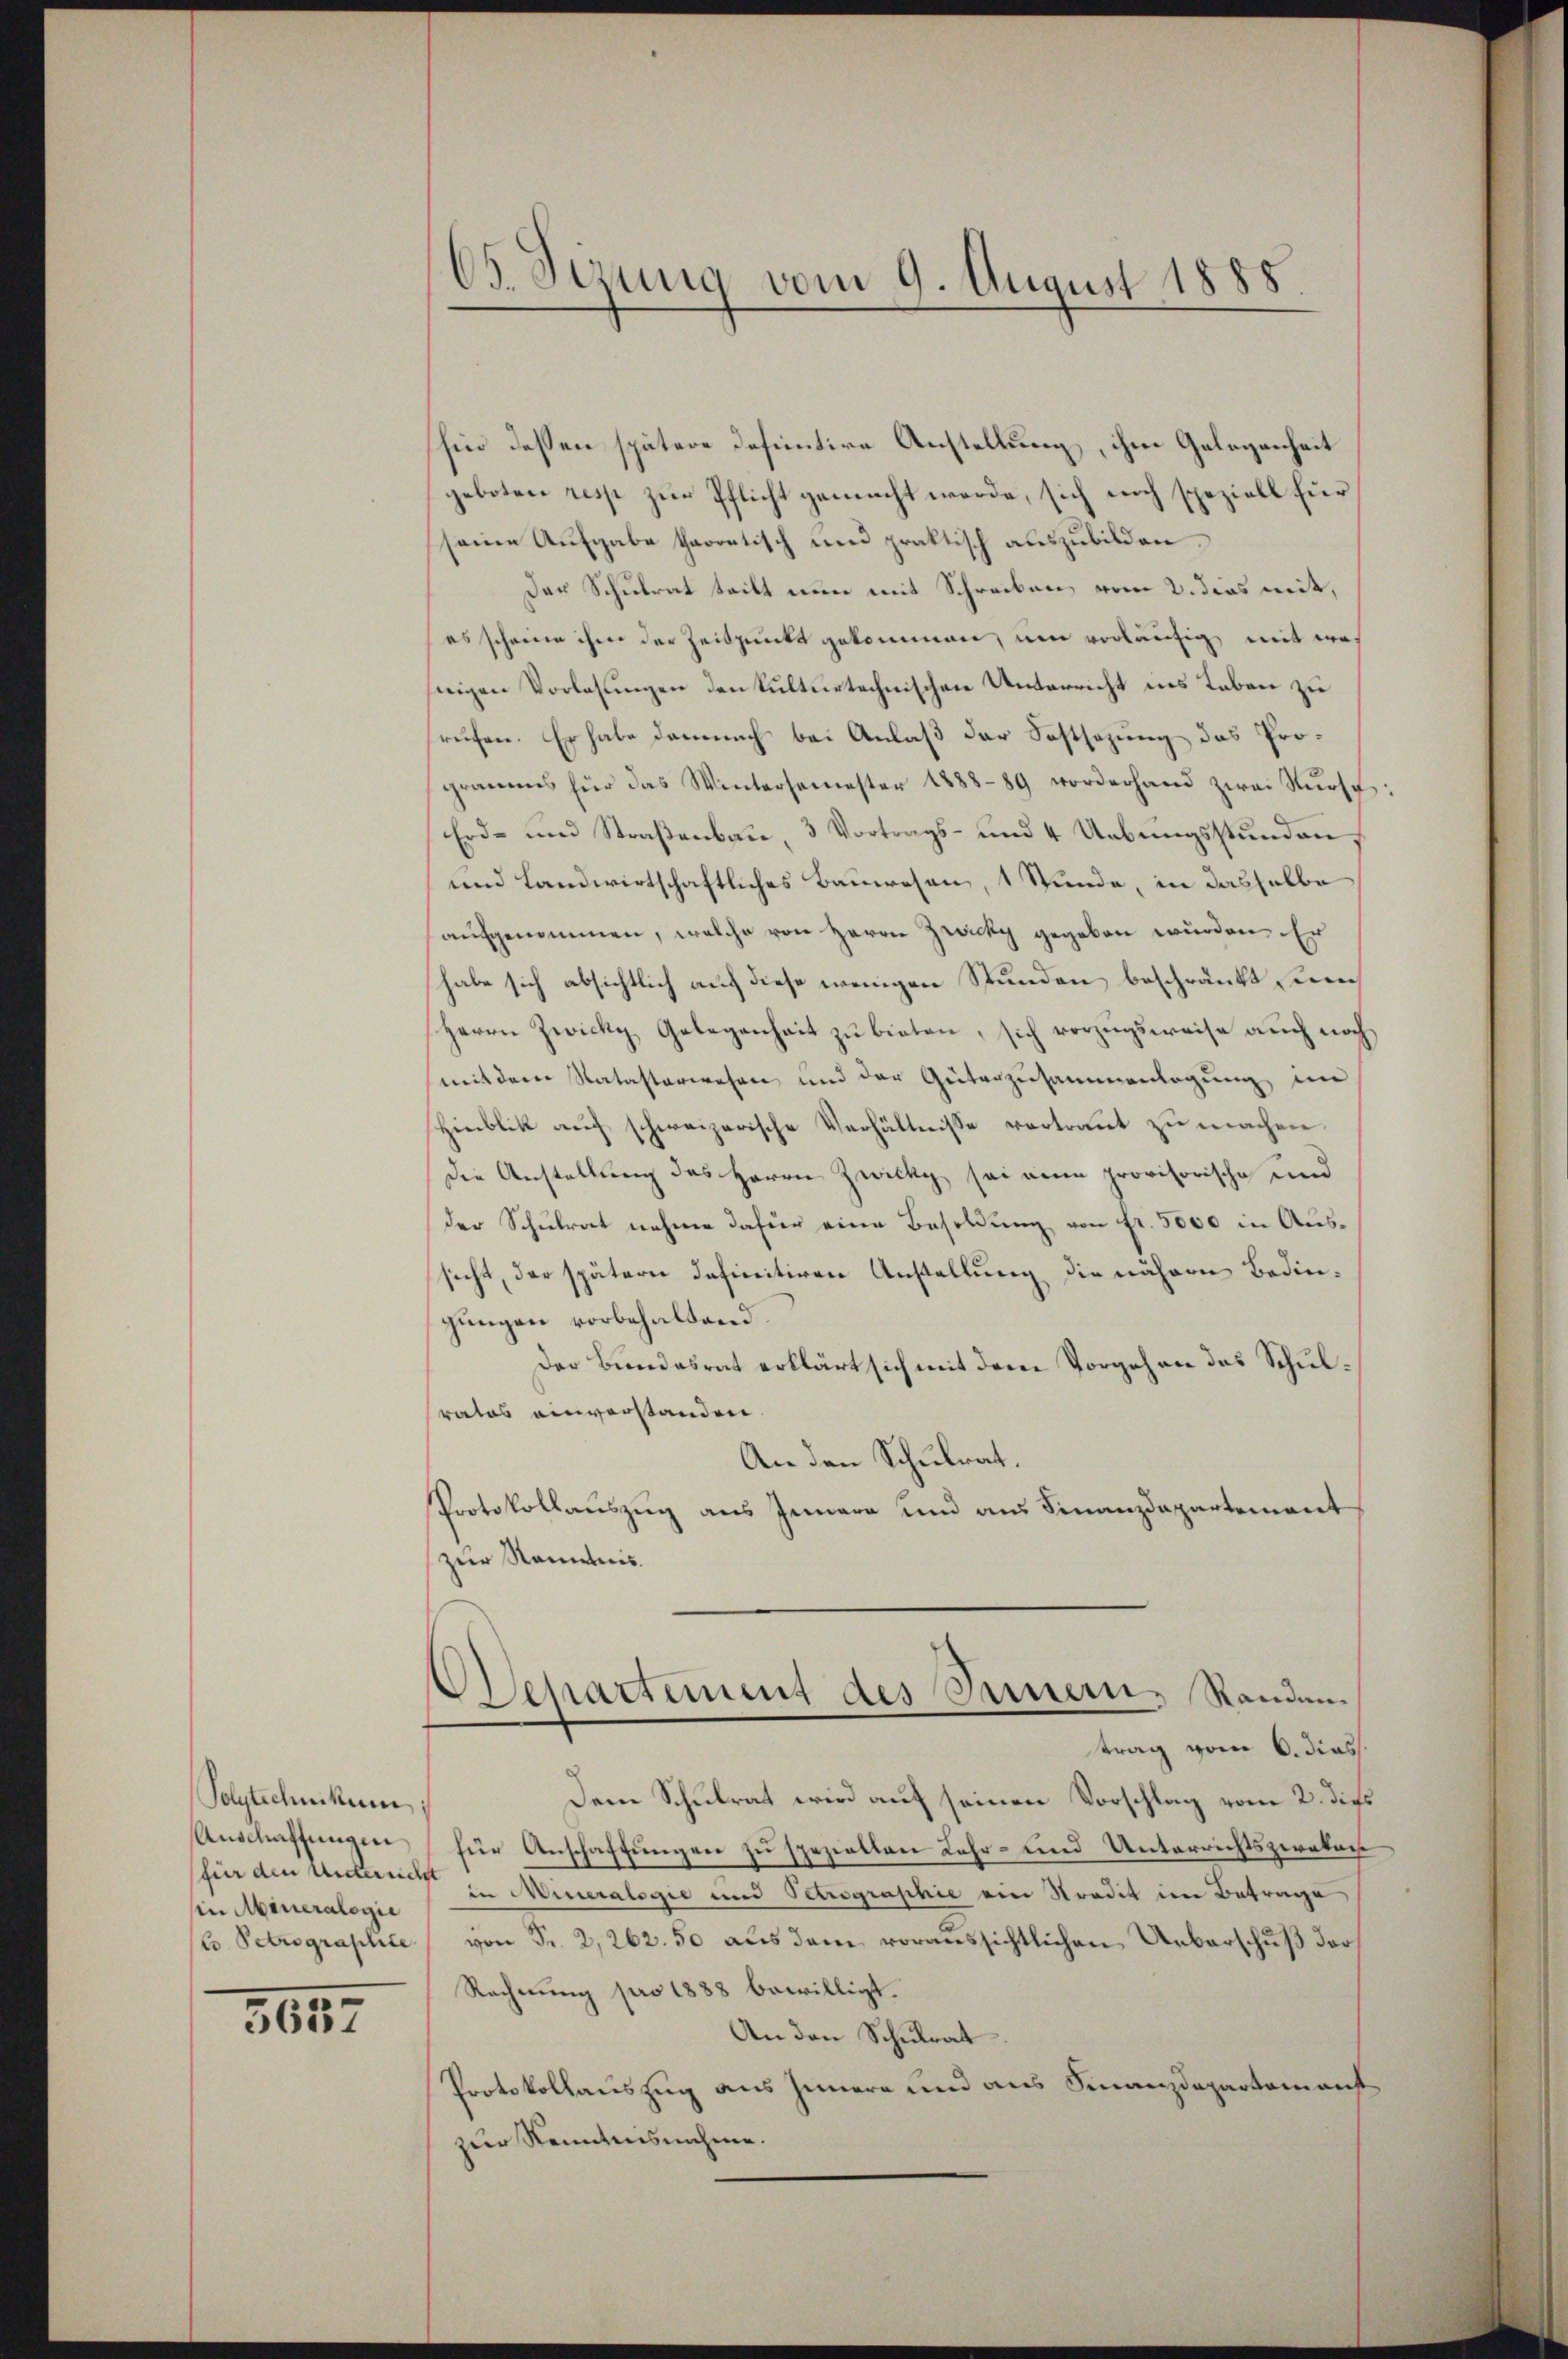
Polytechnikum,
Anschaffungen
für den Unterricht
in Mineralogie
(C. Petrographite

5657

65. Sezung vom 9. August 1888

hier dessen spätere definitive Anstellung, ihm Gelegenheit
geboten resp zur Pflicht gemacht werde, sich noch speziell für
seine Aufgabe theoretisch und praktisch auszubilden.
Der Schulrat teilt nun mit Schreiben, vom 2. dies mit,
es scheine ihm der Zeitpunkt gekommen, um vorläufig mit wei
nigen Vorlesungen den kulturtechnischen Unterricht ins Leben zu
rufen. Er habe demnach bei Anlaß der Festsezung des Programms für das Wintersemester 1888-89 vorderhand zwai Nŭrsc
Erd- und Straßenbau, 3 Vortrags- und 4 Uebungsstunden
und Landwirtschaftliches Bauwesen, 1 Stunde, in dasselbe
aufgenommen, welche von Herrn Zwicky gegeben würden. Er
habe sich absichtlich auf diese wenigen Stunden beschränkt sein
Herrn Zwicky Gelegenheit zŭ bieten, sich vorzugsweise auch noch
mit dem Natasterwesen und der Güterzusammenlegung im
Hinblik auf schweizerische Verhältnisse vertraut zu machen
Die Anstellung des Herrn Zwicky sei eine provisorische und
der Schulrat nehme dafür eine Besoldung von fr. 5000 in Aussicht, der spätern Infinitiven Anstellung die nähern Bedingungen vorbehaltend.
Der Bundesrat erklärt sich mit dem Vorgehen des Schulsrates einverstanden.
An den Schulrat.
Protokollauszug aus Innere und aus Finanzdepartement
zur Kenntnis.
Departement des Innern, Randen.
trag vom 6. diess.
Dem Schulrat wird auf seinen Vorschlag vom 2. die
für Anschaftungen zu spezielten Lehr- und Unterrichtsperatur
in Mineralogie und Petrographie ein Stradit im Betrage
von Fr. 2,262. 50 aus dem voraussichtlichen Ueberschuß der
Rechnung pro 1888 bewilligt.
An den Schulrat
Protokollauszug aus Innern und aus Finanzdepartamanst
zur Kenntnisnahme.